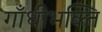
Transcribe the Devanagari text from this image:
गाँधीभक्ति